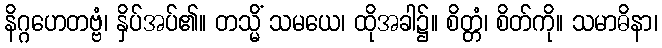
နိဂ္ဂဟေတဗ္ဗံ၊ နှိပ်အပ်၏။ တသ္မိံ သမယေ၊ ထိုအခါ၌။ စိတ္တံ၊ စိတ်ကို။ သမာဓိနာ၊